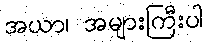
အယာ၊ အများကြီးပါ